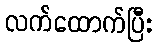
လက်ထောက်ပြီး